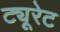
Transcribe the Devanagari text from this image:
ट्यूरेट